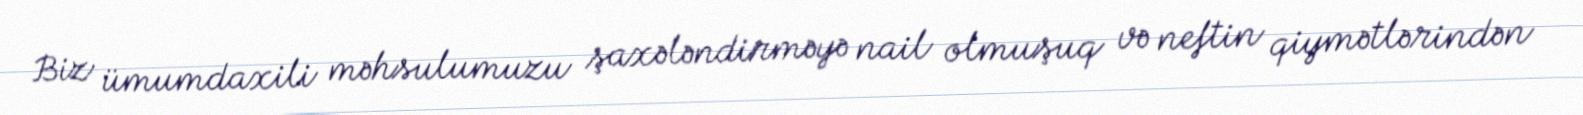
Biz ümumdaxili məhsulumuzu şaxələndirməyə nail olmuşuq və neftin qiymətlərindən